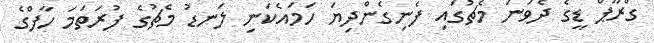
ގްރޫޕް ޑީގެ ދެވަނަ މެޗުގައި ފެނިގެންދިޔަ ހަމައެކަނި ލަނޑު މެޗުގެ ފުރަތަމަ ހާފްގެ